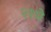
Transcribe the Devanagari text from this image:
२१मे